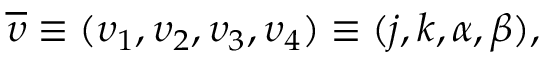
\begin{array} { r } { \overline { { \upsilon } } \equiv ( \upsilon _ { 1 } , \upsilon _ { 2 } , \upsilon _ { 3 } , \upsilon _ { 4 } ) \equiv ( j , k , \alpha , \beta ) , } \end{array}